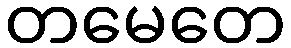
တမေတေ